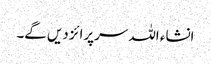
انشاء اللہ سرپرائز دیں گے۔